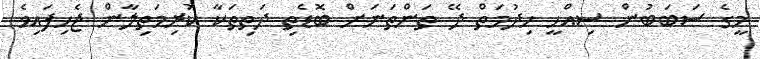
މީގެ ސަބަބުން ސިއްހީ ހިދުމަތް ދޭ ތަންތަނަށް ބޮޑެތި ދަތިތަކާ ކުރިމަތިލާން ޖެހިފައިވެ